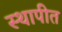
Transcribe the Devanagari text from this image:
स्‍थापीत